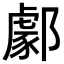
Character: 𨞙